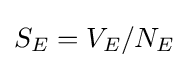
S_{E}=V_{E}/N_{E}